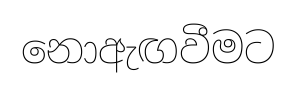
නොඇඟවීමට